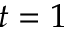
t = 1